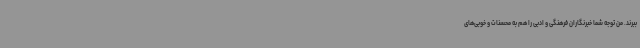
ببرند. من توجه شما خبرنگاران فرهنگی و ادبی را هم به محسنات و خوبی‌های